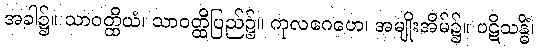
အခါ၌။ သာဝတ္ထိယံ၊ သာဝတ္ထိပြည်၌။ ကုလဂေဟေ၊ အမျိုးအိမ်၌။ ပဋိသန္ဓိံ၊